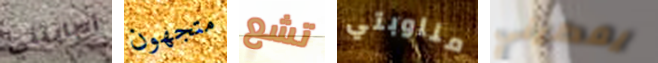
أصابتني متجهون تشع مناوبتي يعطيني